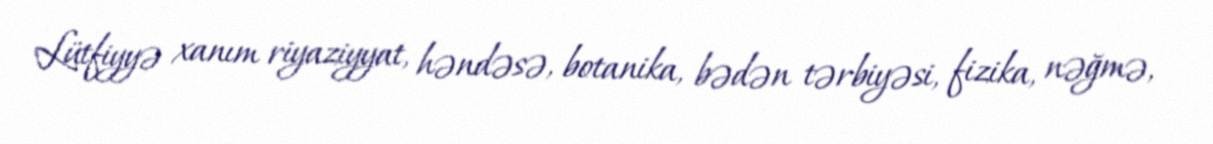
Lütfiyyə xanım riyaziyyat, həndəsə, botanika, bədən tərbiyəsi, fizika, nəğmə,